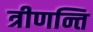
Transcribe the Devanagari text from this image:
त्रीणन्ति